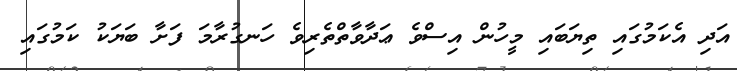
އަދި އެކަމުގައި ތިޔަބައި މީހުން އިސްވެ ޢަދާވާތްތެރިވެ ހަނގުރާމަ ފަށާ ބަޔަކު ކަމުގައި